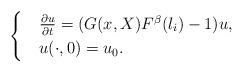
LaTeX: \begin{align*}\begin{cases}&\frac{\partial u}{\partial t}=(G(x,X)F^{\beta}(\l_i)-1)u,\\&u(\cdot,0)=u_0.\end{cases}\end{align*}